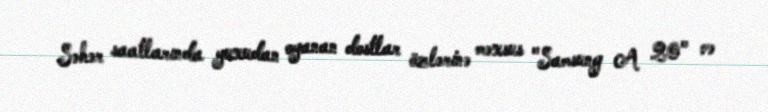
Səhər saatlarında yuxudan oyanan dostlar özlərinə məxsus "Samsung A 20" və